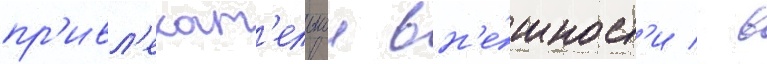
пр'ивл'екат'ельнои вн'е́шност'и / в